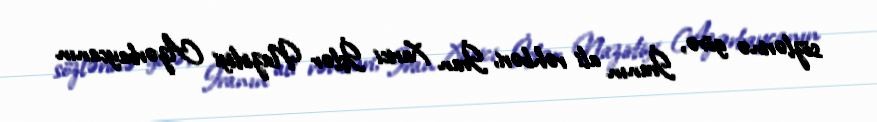
sözlərinə görə, İranın ali rəhbəri, İran Xarici İşlər Nazirliyi Azərbaycanın